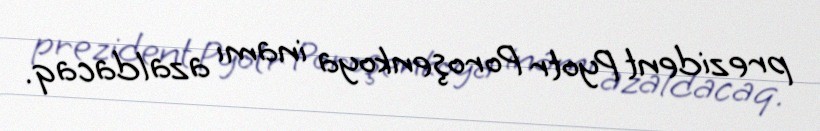
prezident Pyotr Poroşenkoya inamı azaldacaq.